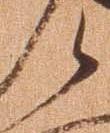
候